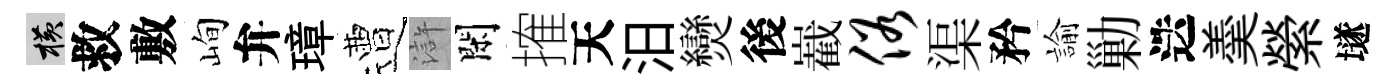
横救敷峋弁璋遭滸閑搉天汨𤓖後嶻俗渠矜諭勦迭羮縈𡑞